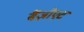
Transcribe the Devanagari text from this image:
बैंज़ोएट